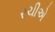
રચીએ